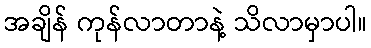
အချိန် ကုန်လာတာနဲ့ သိလာမှာပါ။